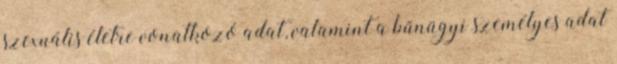
szexuális életre vonatkozó adat, valamint a bűnügyi személyes adat